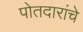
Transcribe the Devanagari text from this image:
पोतदारांचे